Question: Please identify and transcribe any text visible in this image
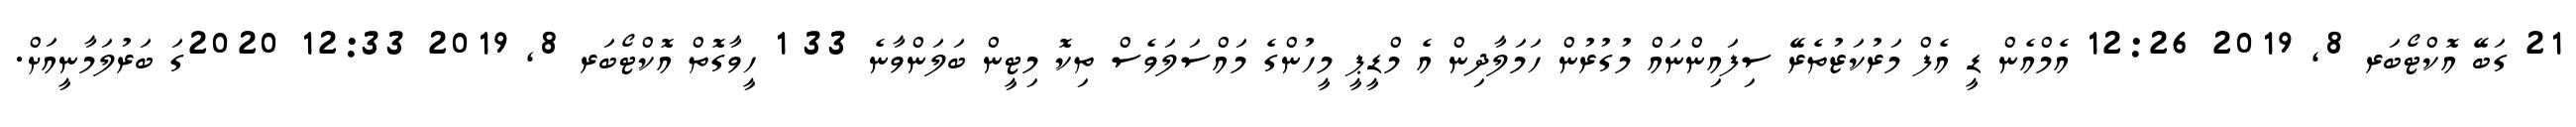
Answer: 21 ގަބޭ އޮކްޓޯބަރ 8, 2019 12:26 އެމްއެން ޑީ އެފް މަރުކަޒުތެރޭ ސިފައިންނައް މުގުރުން ހަމަލާދިން އެ މްޑީޕީ މީހުންގެ މައްސަލަވެސް ތިކޮ މިޓީން ބަލަންވާނެ 33 1 ހީވާގޮތް އޮކްޓޯބަރ 8, 2019 12:33 2020ގަ ބަރުލަމާނީއަށް.